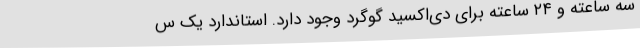
سه ساعته و ۲۴ ساعته برای دی‌اکسید گوگرد وجود دارد. استاندارد یک س